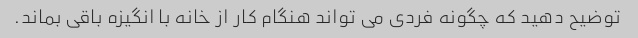
توضیح دهید که چگونه فردی می تواند هنگام کار از خانه با انگیزه باقی بماند.